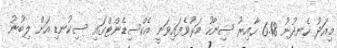
މިއަދު ހެނދުނު 6.18 ހާއިރު ސިނާހު މަރުވެފައިވަނީ އެކްސިޑެންޓްގައި ސިކުނޑި އަށް ލިބުނު